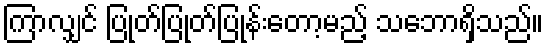
ကြာလျှင် ပြုတ်ပြုတ်ပြုန်းတော့မည့် သဘောရှိသည်။